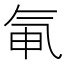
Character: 氠